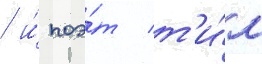
/ и́ поэ́т т'и́м